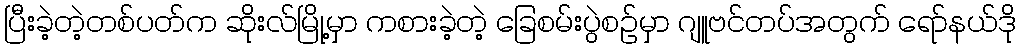
ပြီးခဲ့တဲ့တစ်ပတ်က ဆိုးလ်မြို့မှာ ကစားခဲ့တဲ့ ခြေစမ်းပွဲစဉ်မှာ ဂျူဗင်တပ်အတွက် ရော်နယ်ဒို